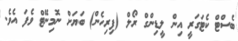
ބެސްޓް ކެޓަގަރީ އިން ލީޑިންގް ރޯލް (ފިރިހެން) ބަޔަށް ނޮމިނޭޓް ވެފަ އެވެ.